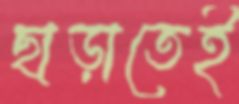
ছাড়াতেই